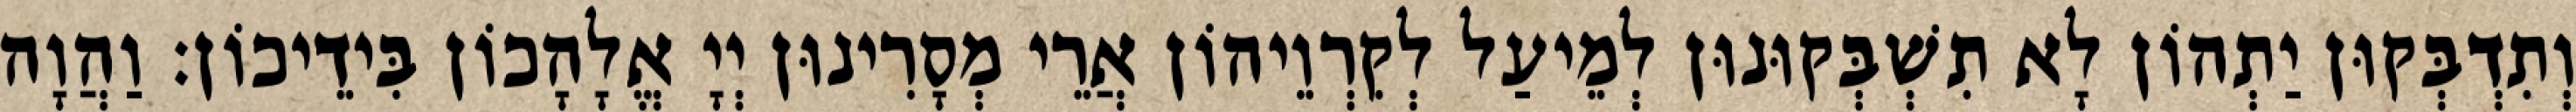
וְתִדְבְּקוּן יַתְהוֹן לָא תִשְׁבְּקוּנוּן לְמֵיעַל לְקִרְוֵיהוֹן אֲרֵי מְסָרִינוּן יְיָ אֱלָהָכוֹן בִּידֵיכוֹן׃ וַהֲוָה